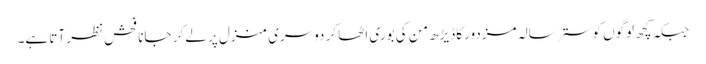
جبکہ کچھ لوگوں کو ستر سالہ مزدور کاڈیڑھ من کی بوری اٹھا کر دوسری منزل پر لے کر جانا فحش نظر آتا ہے۔